Vaccination United Provinces of Agra and Oudh 1902-1913 - 1902-1913
Year: 1902
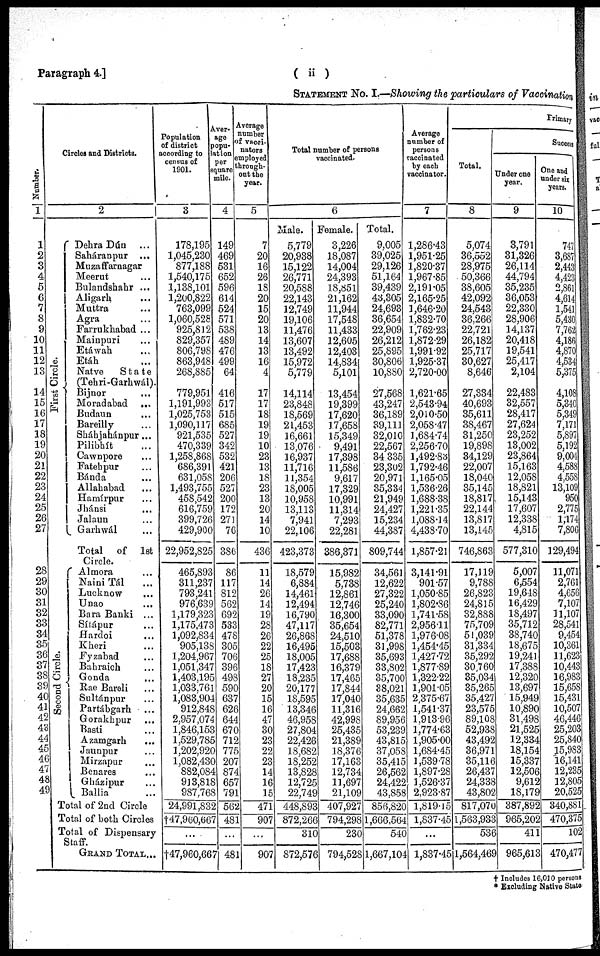
Paragraph 4.]
( ii)
STATEMENT No. I.—Showing the particulars of Vaccination
Number.
1
1
2
3
4
5
6
7
8
9
10
11
12
18
14
15
16
17
18
19
20
21
22
28
24
25
26
27
28
29
30
31
32
33
34
35
36
37
38
39
40
41
42
43
44
45
46
47
48
49
Circles and Districts.
2
First Circle.
Second Circle.
Dehra Dún ...
Saháranpur ...
Muzaffarnagar
Meerut ...
Bulandshahr ...
Aligarh ...
Muttra ...
Agra ...
Farrukhabad ...
Mainpuri ...
Etáwah ...
Etáh ...
Natve
State
(Tehri-Garhwál).
Bijnor ...
Moradabad ...
Budaun ...
Bareilly ...
Sháhjahánpur...
Pilibhít ...
Cawnpore ...
Fatehpur ...
Bánda ...
Allahabad ...
Hamírpur ...
Jhánsi
...
Jalaun ...
Garhwál ...
Total of 1st
Circle.
Almora ...
Naini Tál ...
Lucknow
...
Unao ...
Bara Banki ...
Sítápur ...
Hardoi ...
Kheri ...
Fyzabad ...
Bahraich ...
Gonda ...
Rae Bareli ...
Sultánpur ...
Partábgarh ...
Gorakhpur ...
Basti ...
Azamgarh ...
Jaunpur ...
Mirzapur ...
Benares ...
Gházipur ...
Ballia ...
Total of 2nd Circle
Total of both Circles
Total of Dispensary
Staff.
GRAND TOTAL...
Population
of district
according to
census of
1901.
3
178,195
1,045,230
877,188
1,540,175
1,138,101
1,200,822
763,099
1,060,528
925,812
829,357
806,798
863,948
268,885
779,951
1,191,993
1,025,753
1,090,117
921,535
470,339
1,258,868
686,391
631,058
1,493,755
458,542
616,759
399,726
429,900
22,952,825
465,893
311,237
793,241
976,639
1,179,323
1,175,473
1,092,834
905,138
1,204,967
1,051,347
1,403,195
1,033,761
1,083,904
912,848
2,957,074
1,846,153
1,529,785
1,202,920
1,082,430
882,084
913,818
987,768
24,991,832
†47,960,667
...
†47,960,667
Aver¬
age of
popu¬
lation
per
square
mile.
4
149
469
531
652
596
614
524
571
538
489
476
499
64
416
517
515
685
527
342
532
421
206
527
200
172
271
76
386
86
117
812
562
692
533
478
305
706
396
498
590
637
626
644
670
712
775
207
874
657
791
562
481
...
481
Average
number
of vacci¬
nators
employed
through¬
out the
year.
5
7
20
16
26
18
20
15
20
13
14
13
16
4
17
17
18
19
19
10
23
13
18
23
13
20
14
10
436
11
14
26
14
19
28
26
22
25
18
27
20
15
16
47
30
23
22
23
14
16
15
471
907
...
907
Total number of persons
vaccinated.
6
Male.
5,779
20,938
15,122
26,771
20,588
22,143
12,749
19,106
11,476
13,607
13,492
15,972
5,779
14,114
23,848
18,569
21,453
16,661
13,076
16,937
11,716
11,354
18,005
10,958
13,113
7,941
22,106
423,373
18,579
6,884
14,461
12,494
16,790
47,117
26,868
16,495
18,005
17,423
18,235
20,177
18,595
13,346
46,958
27,804
22,426
18,682
18,252
13,828
12,725
22,749
448,893
872,266
310
872,576
Female.
3,226
18,087
14,004
24,393
18,851
21,162
11,944
17,548
11,433
12,605
12,403
14,834
5,101
13,454
19,399
17,620
17,658
15,349
9,491
17,398
11,586
9,617
17,329
10,991
11,314
7,293
22,281
386,371
15,982
5,738
12,861
12,746
16,300
35,654
24,510
15,503
17,688
16,379
17,465
17,844
17,040
11,316
42,998
25,435
21,389
18,376
17,163
12,734
11,697
21,109
407,927
794,298
230
794,528
Total.
9,005
39,025
29,126
51,164
39,439
43,305
24,693
36,654
22,909
26,212
25,895
30,806
10,880
27,568
43,247
36,189
39,111
32,010
22,567
34,335
23,302
20,971
35,334
21,949
24,427
15,234
44,387
809,744
34,561
12,622
27,322
25,240
33,090
82,771
51,378
31,998
35,693
33,802
35,700
38,021
35,635
24,662
89,956
53,239
43,815
37,058
35,415
26,562
24,422
43,858
856,820
1,666,564
540
1,667,104
Average
number of
persons
vaccinated
by each
vaccinator.
7
1,286.43
1,951.25
1,820.37
1,967.85
2,191.05
2,165.25
1,646.20
1,832.70
1,762.23
1,872.29
1,991.92
1,925.37
2,720.00
1,621.65
2,543.94
2,010.50
2,058.47
1,684.74
2,256.70
1,492.83
1,792.46
1,165.05
1,536.26
1,688.38
1,221.35
1,088.14
4,438.70
1,857.21
3,141.91
901.57
1,050.85
1,802.86
1,741.58
2,956.11
1,976.08
1,454.45
1,427.72
1,877.89
1,322.22
1,901.05
2,375.67
1,541.37
1,913.96
1,774.63
1,905.00
1,684.45
1,539.78
1,897.28
1,526.37
2,923.87
1,819.15
1,837.45
...
1,837.45
Primary
Success
Total.
8
5,074
36,552
28,975
50,366
38,605
42,092
24,543
36,266
22,721
26,182
25,717
30,627
8,646
27,334
40,693
35,611
38,467
31,250
19,898
34,129
22,007
18,040
35,145
18,817
22,144
13,817
13,145
746,863
17,119
9,788
26,823
24,815
32,888
75,709
51,039
31,334
35,292
30,760
35,034
35,265
35,427
23,575
89,108
52,938
43,492
36,971
35,116
26,437
24,338
43,802
817,070
1,563,933
536
l,564,469
Under one
year.
9
3,791
31,326
26,114
44,794
35,235
36,053
22,330
28,906
14,137
20,418
19,541
25,417
2,104
22,483
32,557
28,417
27,624
23,252
13,002
23,864
15,163
12,058
18,821
15,143
17,607
12,338
4,815
577,310
5,007
6,554
19,648
16,429
18,497
35,712
38,740
18,675
19,241
17,388
12,320
13,697
15,949
10,890
31,498
21,525
12,334
18,154
15,337
12,506
9,612
18,179
387,892
965,202
411
965,613
One and
under six
years.
10
747
3,687
2,443
4,423
2,861
4,614
1,541
5,430
7,762
4,186
4,870
4,534
5,375
4,108
5,340
5,349
7,171
5,897
5,192
9,004
4,588
4,558
13,109
950
2,775
1,174
7,806
129,494
11,071
2,761
4,656
7,107
11,107
28,541
9,454
10,361
11,623
10,443
16,983
15,658
15,431
10,507
46,446
25,203
25,840
15,983
16,141
12,235
12,805
20,525
340,881.
470,375
102
470,477
† Includes 16,010 persons
* Excluding Native State.